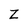
Character: Z